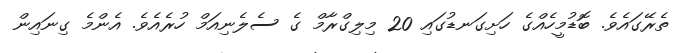
ތެރޭގައެވެ. ބޮޑުމީހެއްގެ ހަށިގަނޑުގައި 20 މިލިގްރާމް ގެ ސެލެނިއަމް ހުރެއެވެ. އެންމެ ގިނައިން